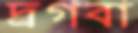
দ্রগবা